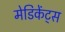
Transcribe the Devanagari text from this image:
मेडिकेंट्स